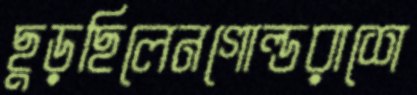
ছুড়ছিলেনগোল্ডরাশে